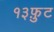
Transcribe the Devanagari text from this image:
१३फ़ुट